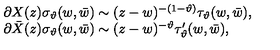
\begin{array} { l } { \partial X ( z ) \sigma _ { \vartheta } ( w , \bar { w } ) \sim ( z - w ) ^ { - ( 1 - \vartheta ) } \tau _ { \vartheta } ( w , \bar { w } ) , } \\ { \partial \bar { X } ( z ) \sigma _ { \vartheta } ( w , \bar { w } ) \sim ( z - w ) ^ { - \vartheta } \tau _ { \vartheta } ^ { \prime } ( w , \bar { w } ) , } \\ \end{array}